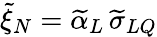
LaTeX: \widetilde\xi_{N}=\widetilde\alpha_{L}\, \widetilde\sigma_{LQ}